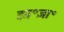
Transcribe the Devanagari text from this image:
का॰ज्ञा॰